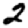
Digit: 2